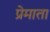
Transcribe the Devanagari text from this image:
प्रेमाता